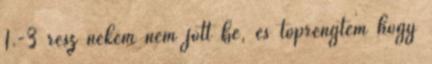
1.-3 rész nekem nem jött be, és töprengtem hogy